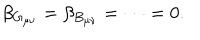
LaTeX: \beta _ { G _ { \mu \nu } } = \beta _ { B _ { \mu \nu } } = \cdots = 0 .